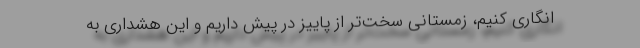
انگاری کنیم، زمستانی سخت‌تر از پاییز در پیش داریم و این هشداری به